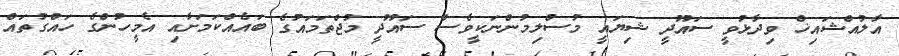
އާލުއްޝައިޚް ވިދާޅުވީ ސައޫދީ ޝިޔައީ މުސްލިމުންނަކީވެސް ސައޫދީ މުޖްތަމައުގެ ބައެއްކަމަށާއި އެމީހުންގެ ހައްގުތައް